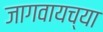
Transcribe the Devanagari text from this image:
जागवायच्या